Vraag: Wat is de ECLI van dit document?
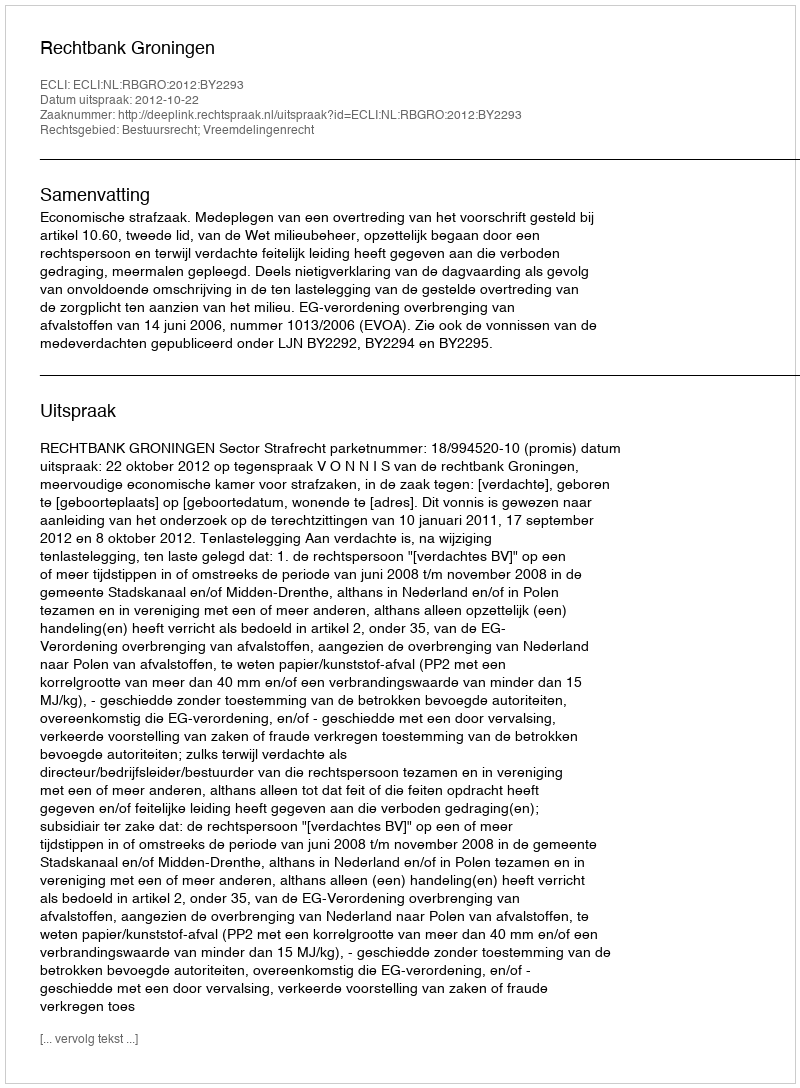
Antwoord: ECLI:NL:RBGRO:2012:BY2293